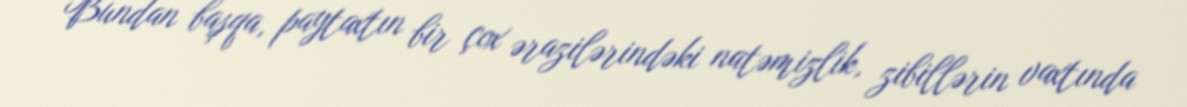
Bundan başqa, paytaxtın bir çox ərazilərindəki natəmizlik, zibillərin vaxtında